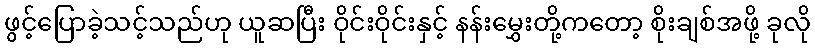
ဖွင့်ပြောခဲ့သင့်သည်ဟု ယူဆပြီး ဝိုင်းဝိုင်းနှင့် နန်းမွှေးတို့ကတော့ စိုးချစ်အဖို့ ခုလို